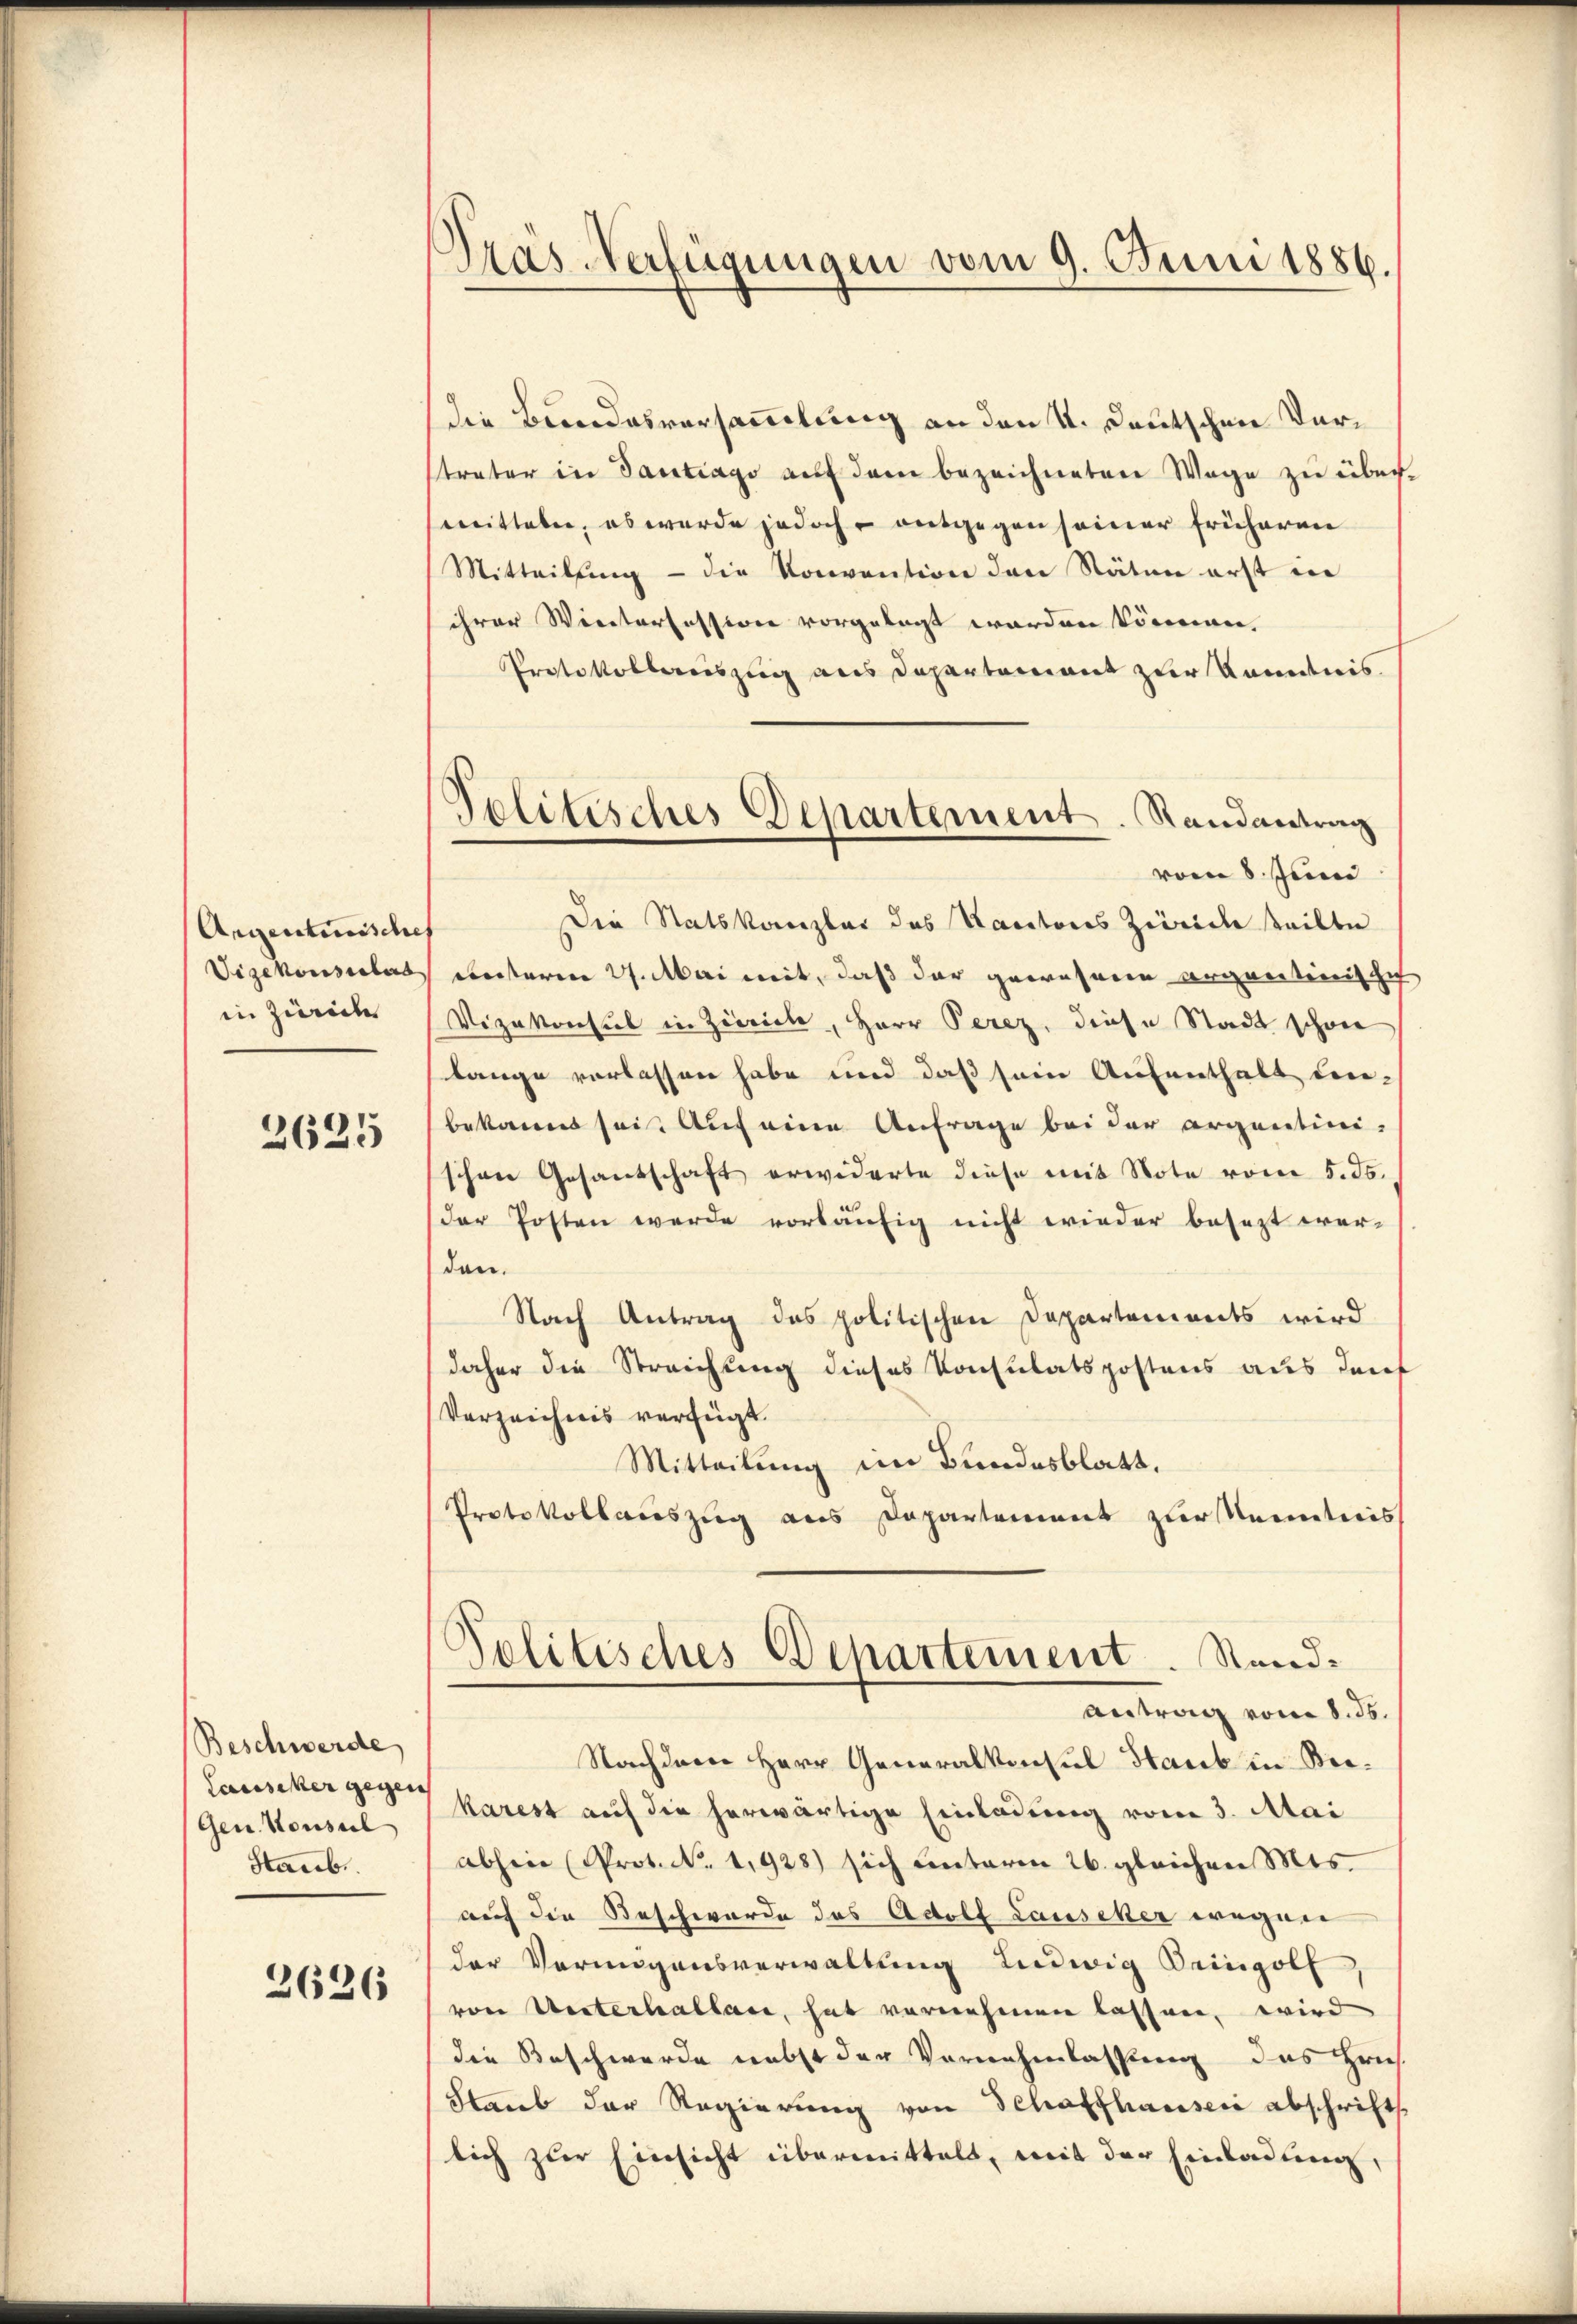
Angenterisches
Vizekonsulat
in Zürich

2625

Beschwerde
Laussiker gegen
Gen. Konsul
Staube.

2626

Dras Verfügungen vom 9. Juni 1886.

Politisches Departement. Randantrag

die Bundesversammlung an den 1. Deutschen Verstrater in Tantrago auf dem bezeichneten Wege zu über
mitteln, es wurde jedoch entgegen seiner früheren
Mitteilung - die Konvention den Stäten erst in
ihrer Wintersession vorgelegt worden können.
Protokollenszug aus Departement zur Kenntnis.
vom 8. Juni
Die Statskanzler des Kantons Zürich teilte
unterm 27. Mai mit, daß der gewesner organtinische
Vizekonsul in Zürich, Herr Perez, diese Stadt schwer
lange verlassen habe und daß sein Aufenthalt der-
bekannt sei. Auf eine Anfrage bei der argentini-
schon Gesandschaft erwiderte diese mit Note vom 5. ds.
der Posten werde vorläufig nicht wieder besezt wer-
den.
Nach Antrag des politischen Departements wird
daher die Streichung dieses Konsulatspostens aus deut
Verzeichnis verfügt.
Mitteilung im Bundesblatt.
Protokollauszug aus Departement zur Kenntnis
Politisches Departement. Stand¬
Antrag vom 8. ds.
Nachdem Herr Generalkonsul Staub in Beikarest auf die herwärtige Einladung vom 3. Mai
abheie Prot. No. 1928) sich unterm 26. gleichen Mts.
auch die Beschwerde des Adolf Lauscher wegen
der Vermögensverwaltung Ludwig Deingolf
von Unterhallan, hat vernehmen lassen, wird
die Beschwerde nebst der Vornehmlassung das Brief
Staub der Regierung von Schaffhauser abschrift
lich zur Einsicht übermittelt, mit der Einladung,